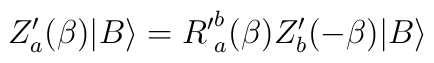
Z'_a(\beta) |B \rangle = {R'}^{b}_{a}(\beta)Z'_b(-\beta) |B \rangle